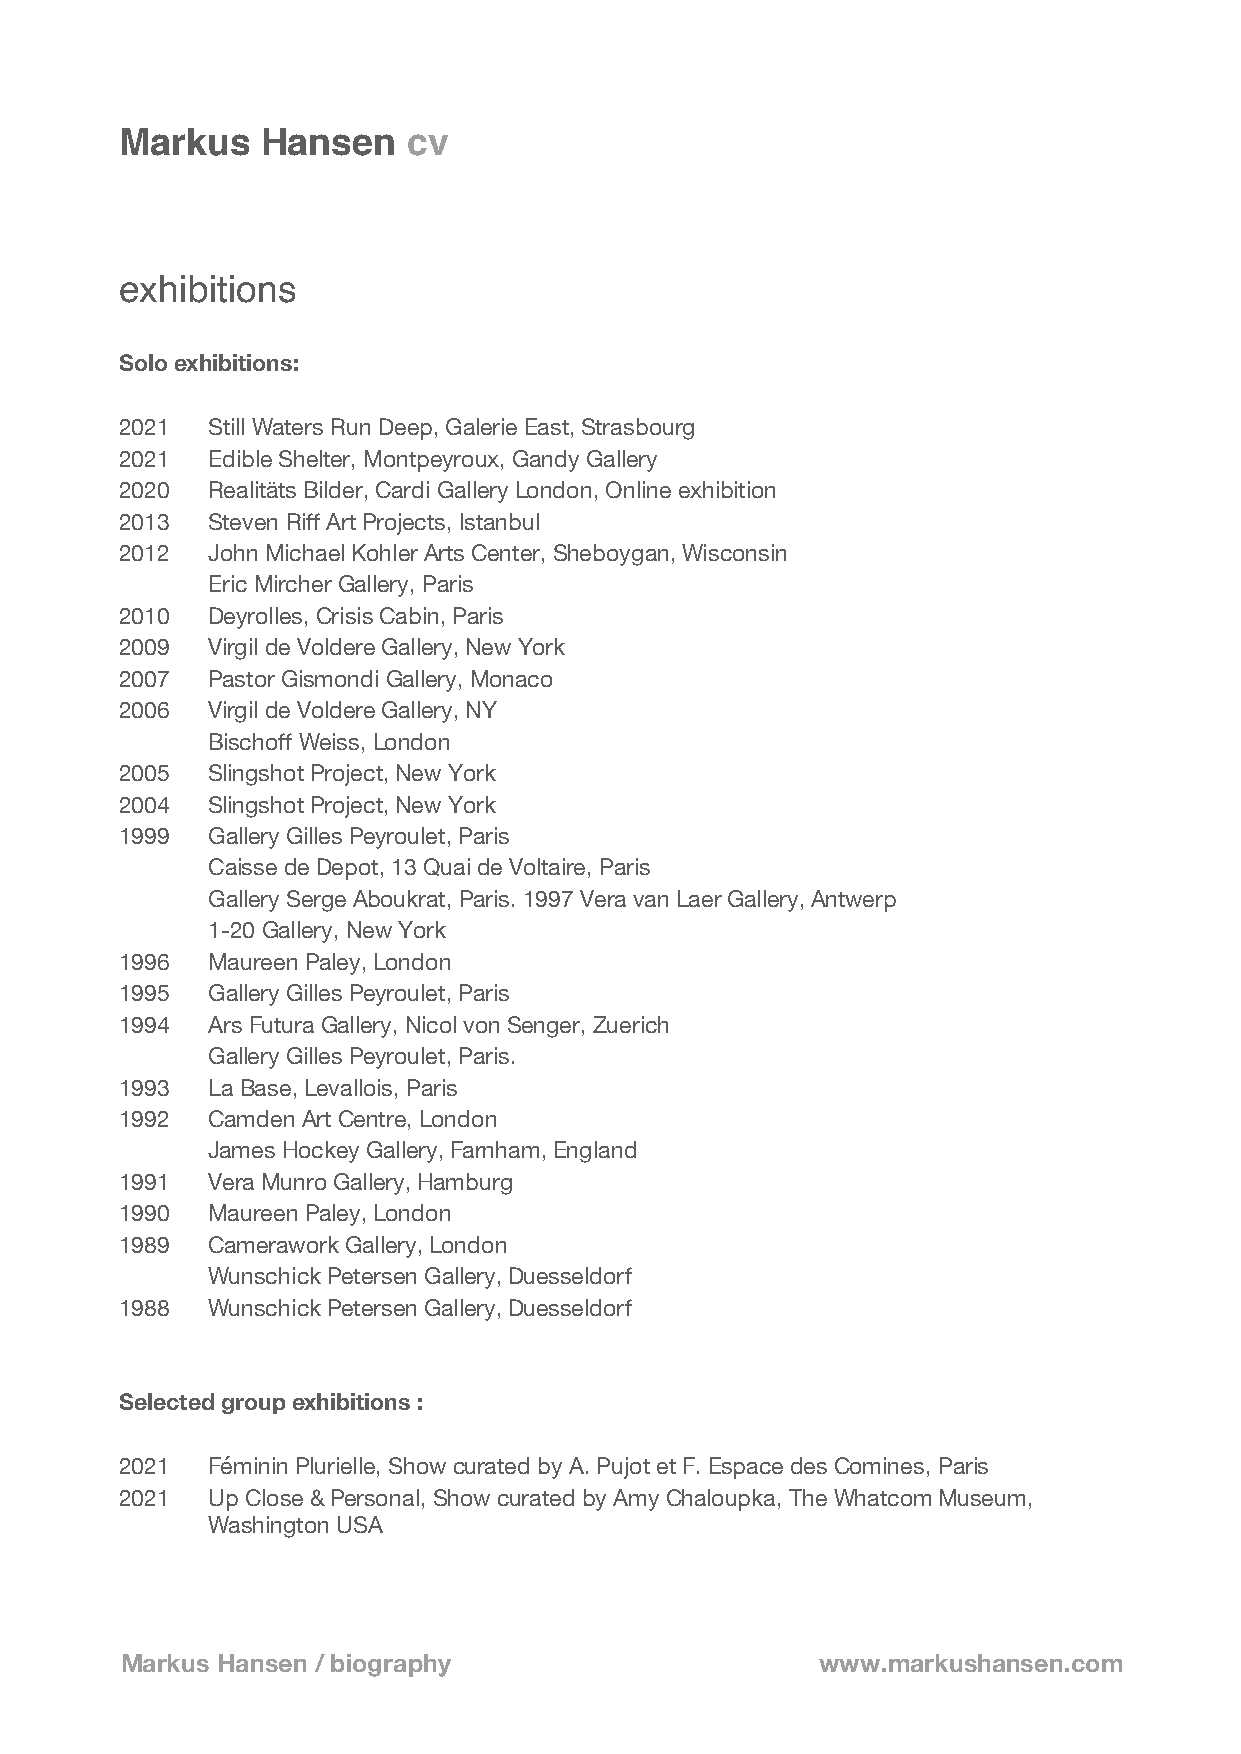
Markus   Hansen    cv
 exhibitions
 Solo exhibitions:
 2021  Still Waters Run Deep, Galerie East, Strasbourg
 2021  Edible Shelter, Montpeyroux, Gandy Gallery
 2020  Realitäts Bilder, Cardi Gallery London, Online exhibition
 2013  Steven Riff Art Projects, Istanbul
 2012  John Michael Kohler Arts Center, Sheboygan, Wisconsin
 Eric Mircher Gallery, Paris
 2010  Deyrolles, Crisis Cabin, Paris
 2009  Virgil de Voldere Gallery, New York
 2007  Pastor Gismondi Gallery, Monaco
 2006  Virgil de Voldere Gallery, NY
 Bischoff Weiss, London
 2005  Slingshot Project, New York
 2004  Slingshot Project, New York
 1999  Gallery Gilles Peyroulet, Paris
 Caisse de Depot, 13 Quai de Voltaire, Paris
 Gallery Serge Aboukrat, Paris. 1997 Vera van Laer Gallery, Antwerp
 1-20 Gallery, New York
 1996  Maureen Paley, London
 1995  Gallery Gilles Peyroulet, Paris
 1994  Ars Futura Gallery, Nicol von Senger, Zuerich
 Gallery Gilles Peyroulet, Paris.
 1993  La Base, Levallois, Paris
 1992  Camden Art Centre, London
 James Hockey Gallery, Farnham, England
 1991  Vera Munro Gallery, Hamburg
 1990  Maureen Paley, London
 1989  Camerawork Gallery, London
 Wunschick Petersen Gallery, Duesseldorf
 1988  Wunschick Petersen Gallery, Duesseldorf
 Selected group exhibitions :
 2021  Féminin Plurielle, Show curated by A. Pujot et F. Espace des Comines, Paris
 2021  Up Close & Personal, Show curated by Amy Chaloupka, The Whatcom Museum,
 Washington USA
 Markus Hansen / biography                     www.markushansen.com